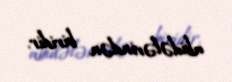
abidələrindən biridir.